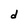
Character: d